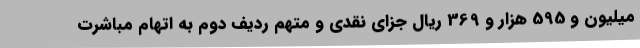
میلیون و 595 هزار و 369 ریال جزای نقدی و متهم ردیف دوم به اتهام مباشرت